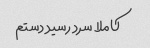
کاملا سرد رسید دستم